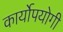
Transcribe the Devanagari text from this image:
कार्योपयोगी